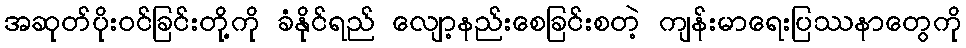
အဆုတ်ပိုးဝင်ခြင်းတို့ကို ခံနိုင်ရည် လျော့နည်းစေခြင်းစတဲ့ ကျန်းမာရေးပြဿနာတွေကို